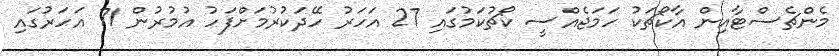
މެންޗެސްޓާއިން އާކޯޗަކު ހަމަޖެއްސީ ކޯޗުކަމުގައި 27 އަހަރު ހޭދަކުރުމަށްފަހު އުމުރުން 71 އަހަރުގައި